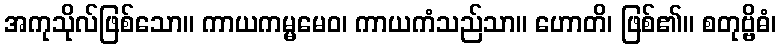
အကုသိုလ်ဖြစ်သော။ ကာယကမ္မမေဝ၊ ကာယကံသည်သာ။ ဟောတိ၊ ဖြစ်၏။ စတုဗ္ဗိဓံ၊